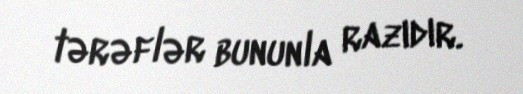
tərəflər bununla razıdır.